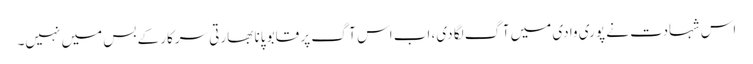
اس شہادت نے پوری وادی میں آگ لگا دی، اب اس آگ پر قابو پانا بھارتی سرکار کے بس میں نہیں۔